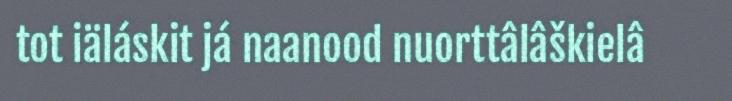
tot iäláskit já naanood nuorttâlâškielâ